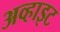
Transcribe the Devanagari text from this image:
अव्हाइट